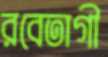
রবেতাগী